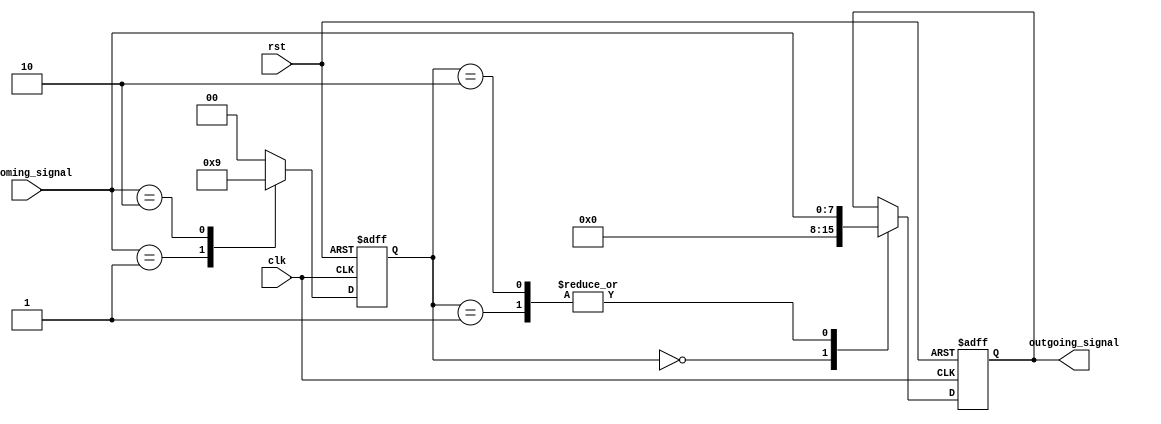
module Priority_Bypass_register (
    input wire clk,
    input wire rst,
    input wire [7:0] incoming_signal,
    output reg [7:0] outgoing_signal
);

reg [1:0] priority_levels;

always @ (posedge clk or posedge rst) begin
    if (rst) begin
        priority_levels <= 2'b00; // Set default priority level
        outgoing_signal <= 8'b00000000; // Initialize outgoing signal
    end else begin
        // Logic to determine priority levels and decide whether to pass through or bypass incoming signals
        case (incoming_signal)
            8'b00000001: begin // Example priority criteria for incoming signals
                priority_levels <= 2'b10; // Set priority level for signal 1
            end
            8'b00000010: begin
                priority_levels <= 2'b01; // Set priority level for signal 2
            end
            default: begin
                priority_levels <= 2'b00; // Set default priority level
            end
        endcase
        
        // Logic to pass through or bypass signals based on priority levels
        case (priority_levels)
            2'b00: begin // Bypass signal
                outgoing_signal <= 8'b00000000;
            end
            2'b01: begin // Pass through signal with priority level 1
                outgoing_signal <= incoming_signal;
            end
            2'b10: begin // Pass through signal with priority level 2
                outgoing_signal <= incoming_signal;
            end
        endcase
    end
end

endmodule